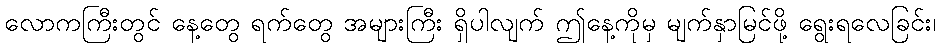
လောကကြီးတွင် နေ့တွေ ရက်တွေ အများကြီး ရှိပါလျက် ဤနေ့ကိုမှ မျက်နှာမြင်ဖို့ ရွေးရလေခြင်း၊